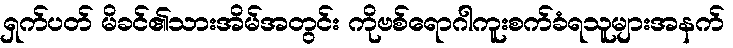
ရှက်ပတ် မိခင်၏သားအိမ်အတွင်း ကိုဗစ်ရောဂါကူးစက်ခံရသူများအနက်